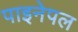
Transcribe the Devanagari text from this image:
पाइनेपल